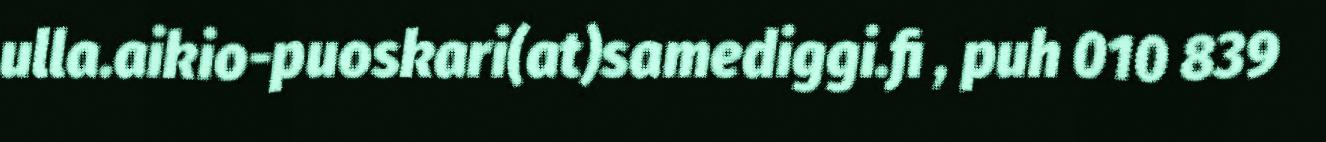
ulla.aikio-puoskari(at)samediggi.fi , puh 010 839